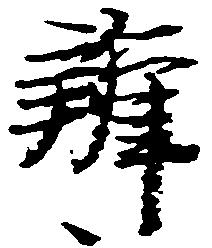
弁